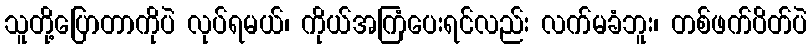
သူတို့ပြောတာကိုပဲ လုပ်ရမယ်၊ ကိုယ်အကြံပေးရင်လည်း လက်မခံဘူး၊ တစ်ဖက်ပိတ်ပဲ